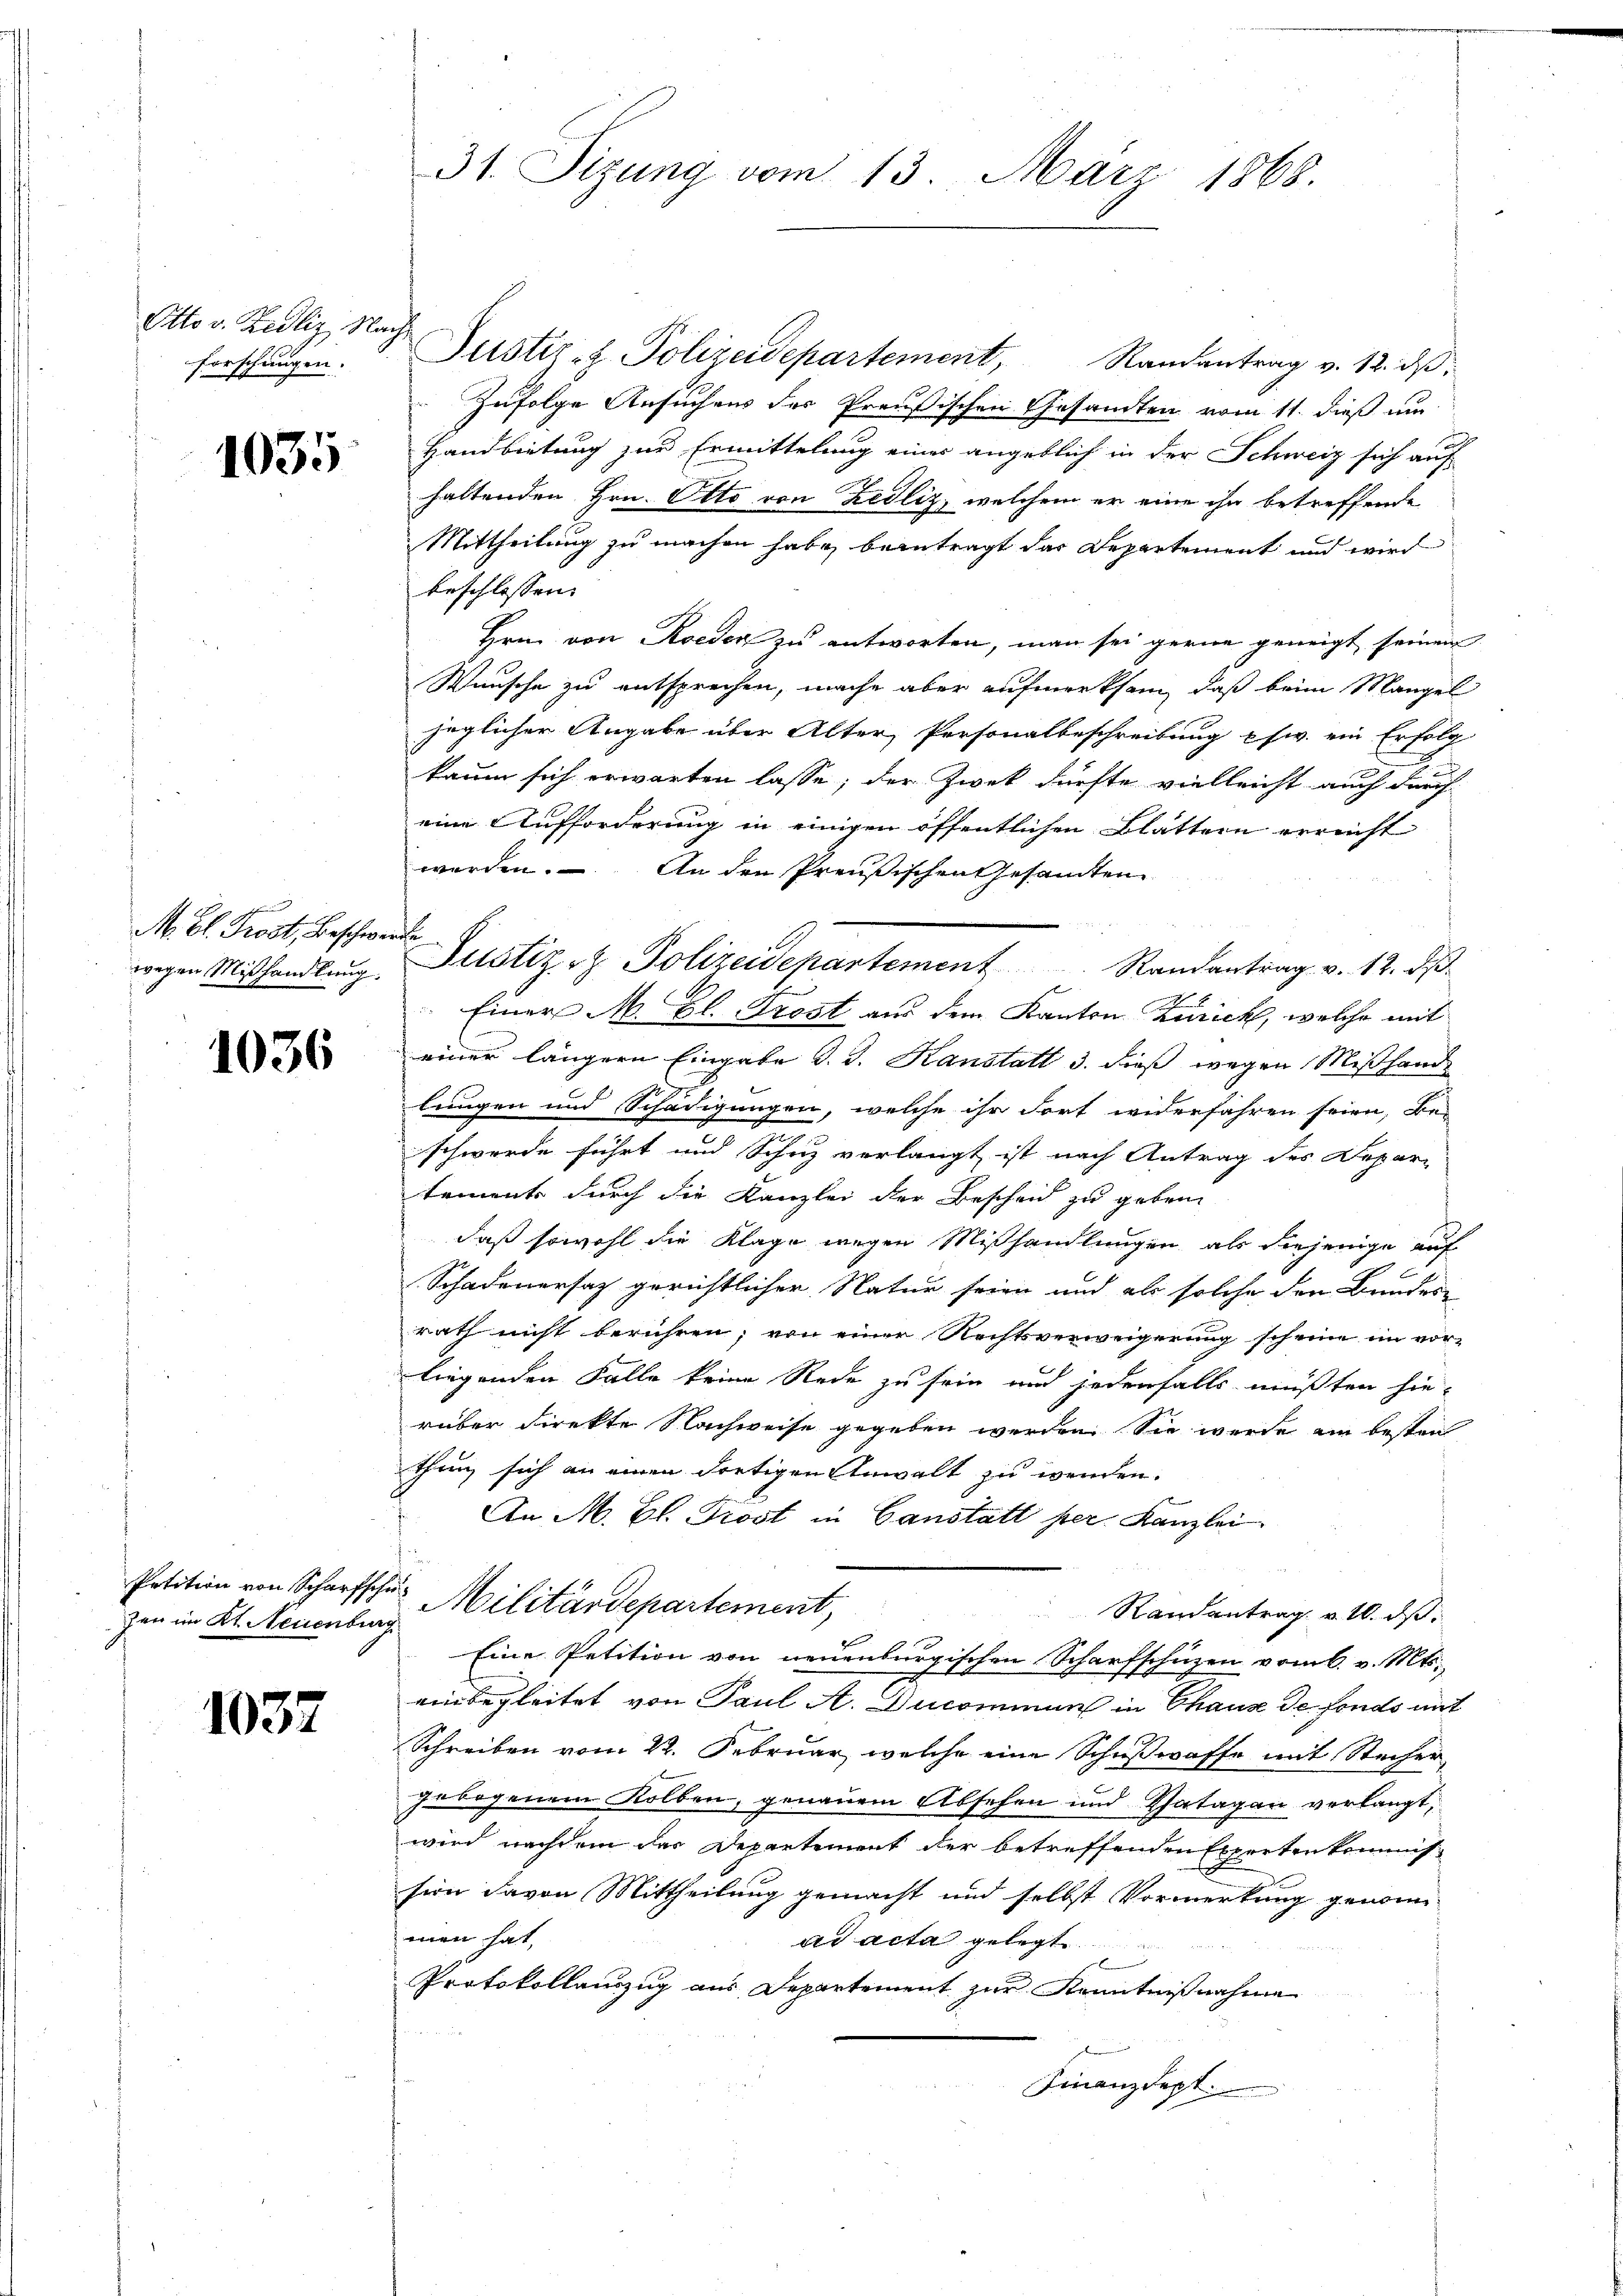
Otto v. Zedliz Nachforschungen.

1035

M. D. Prost, Beschwerden

1036

zen im Kl. Neuenburg

1037

31. Sizung vom 13. März 1868.

Justiz- & Polizeidepartement, Randantrag v. 12. ds.
Zufolge Ansuchens des Preußischen Gesandten vom 11. dieß um
Handbietung zur Ermittelung eines angeblich in der Schweiz sich auf
haltenden Hrn. Otto von Zedliz, welchem er eine ihn betreffende
Mittheilung zu machen habe, beantragt das Departement und wird
beschlossen:
Hrn. von Roeden zu antworten, man sei gerne geneigt seinem
Wunsche zu entsprechen, mache aber aufmerksam, daß beim Mangel
jeglicher Angabe über Alter, Personalbeschreibung usw. ein Erfolg
kaum sich erwarten lasse; der Zwek dürfte vielleicht auch durch
eine Aufforderung in einigen öffentlichen Blättern erreicht
werden. An den Preußischen Gesandten
wegen Mißhandlŭng. Justiz & Polizeidepartement Randantrag v. 12. dβ.
Einer M. Bl. Trost aus dem Kanton Zürich, welche mit
einer längern Eingabe d. J. Kanstatt 3. dieß wegen Mißhande
lungen und Schädigungen, welche ihr dort widerfahren seien, bei
schwerde führt und Schuz verlangt ist nach Antrag des Depar-
tements durch die Kanzlei der Bescheid zu geben
daß sowohl die Klage wegen Mißhandlungen als diejenige auf
x
Schadenersatz gerichtlicher Natur seien und als solche den Bundes-
rath nicht berühren; von einer Rechtsverweigerung scheine im vor-
liegenden Falle keine Rede zu sein und jedenfalls müßten hie-
rüber direkte Nachweise gegeben werden. Sie wurde ein besten
thung sich an einen dortigen Anwalt zu werden.
An M. Bl. Trost in Ganstatt per Kanzlei
Petition von Scharfschur Militärdepartement,
Randantrag v. 10. ds.
te
Eine Petition von neuenburgischen Scharfschüzen vom 6. v. Mts.
einbegleitet von Paul A. Ducommuns in Chaus de fonds mit
Schreiben vom 22. Februar, welche eine Schußwaffe mit Stecher
gebogenem Kolben, genauem Absehen und Thatagan verlangt,
wird nachdem der Departement der betreffenden Expertenkommis
sion davon Mittheilung gemacht und selbst Vormerkung genom
men hat,
ad acta gelegt
B
Protokollanzug aus Departement zur Kenntnißnahme
Finanzdept.